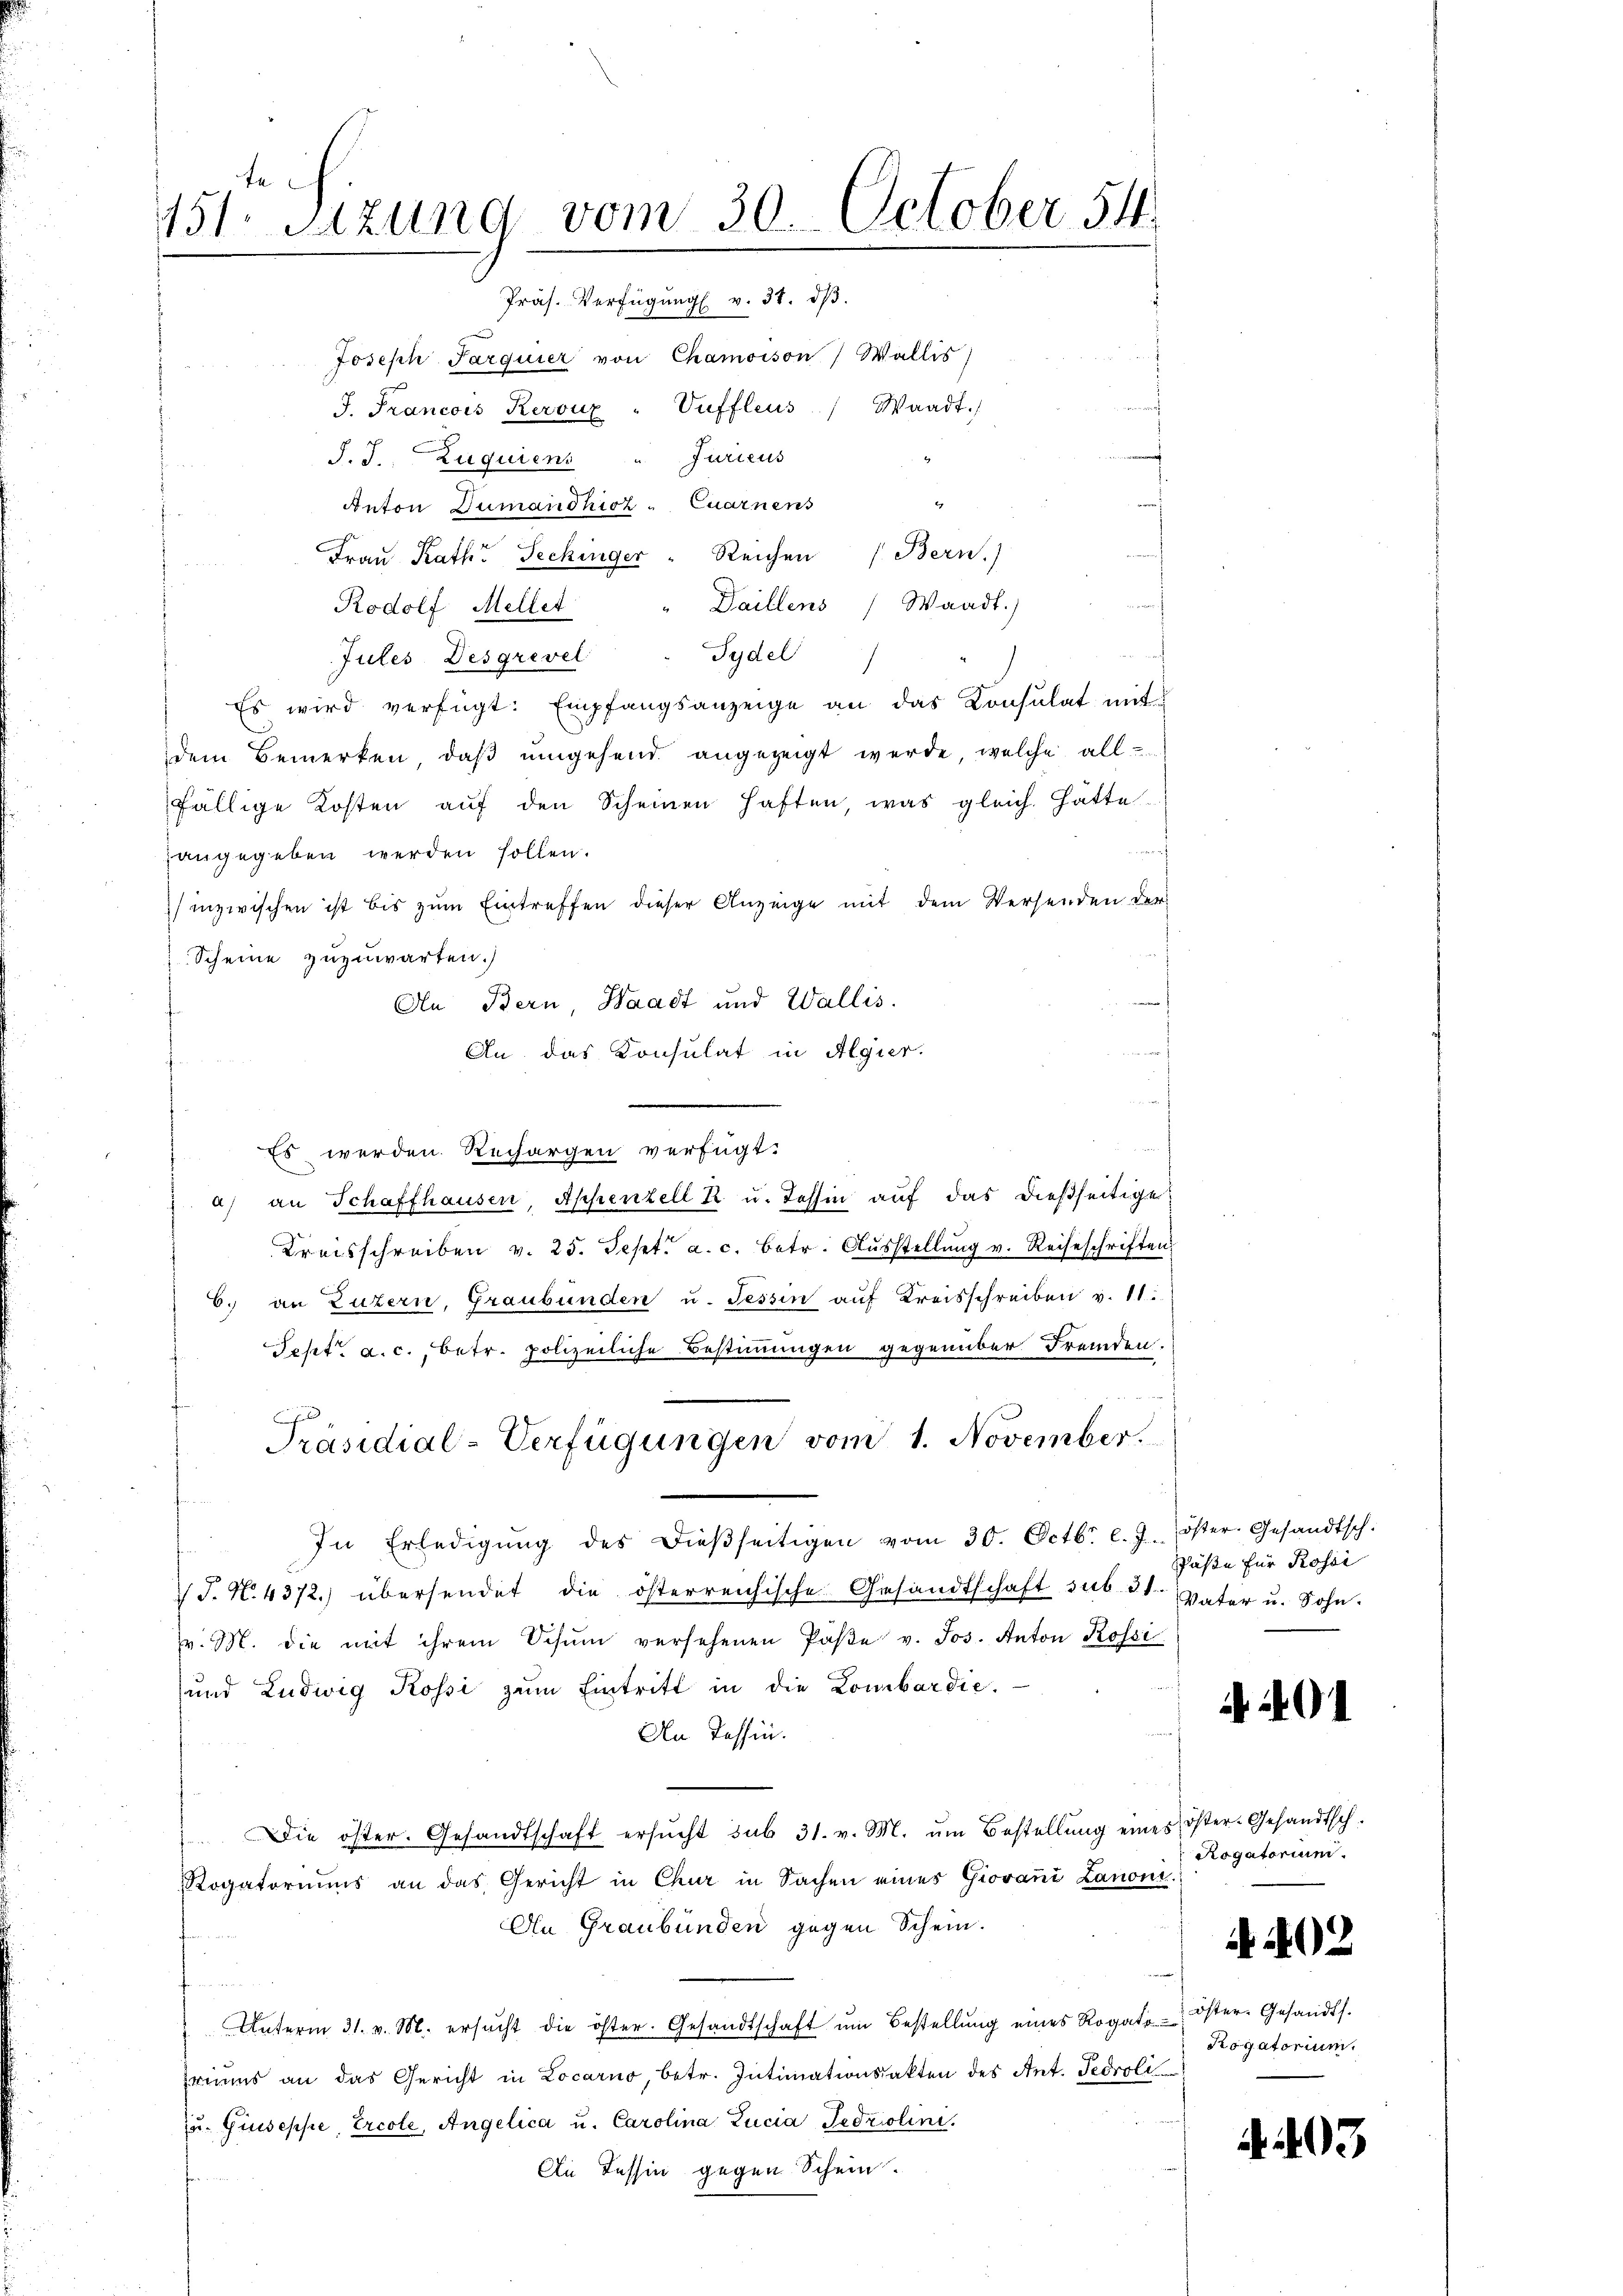
151. Sitzung vom 30. October 54.

Joseph Parquier von Chamoison) Wallis)
J. Francois Kerouz -Vuffleus Waadt.)
J. J. Zuquiens „ Jurieus
Anton Dumanshicz - Quarnens
Frau Rath Seckinger " Reichen (Bern.)
s
i
Rodolf Mellet. " Daillens Waadt.)
Jules Desgrevel " Tydel)
Es wird verfügt: Empfangsanzeige an das Konsulat mit
dem Bemerken, daß umgehend angezeigt werde, welche all
fällige Kosten auf den Scheinen haften, was gleich. Hätte
augegeben werden sollen.
 inzwischen ist bis zum Eintreffen dieser Anzeige mit dem Versenden der
Scheine zuzuwarten.)
An Bern, Waadt und Wallis.
An das Konsulat in Algier.
s
Es werden Rechargen verfügt:
a) an Schaffhausen, Appenzell R. u. Tessin auf das dießseitige
Kreisschreiben v. 25. Sept. a. c. betr. Ausstellung v. Reiseschriften.
6. an Luzern, Graubünden u. Tessin auf Kreisschreiben v. 11.
Sept. a. c., betr. polizeiliche Bestimmungen gegenüber Fremden.
Präsidial-Verfügungen vom 1. November.
In Erledigŭng des dieβseitigen vom 30. Octbr. l. J. Öster. Gesandtsch.
J. N. 4372) übersendet die österreichische Gesandtschaft sub 31. Vater u. Sohn.
v. M. die mit ihrem Schŭm versehenen Paβe v. Jos. Anton Rossi
und Ludwig Rossi zum Eintritt in die Lombardie¬
An Tessin.
Die öster. Gesandtschaft ersŭcht sub 31. v. M. ŭm Bestellŭng eines öster-Gesandtsch-
Rogatoriums an das Gericht in Chur in Sachen eines Giovani Lanoni.
An Graubünden gegen Schein.
u
Unterm 31. v. M. ersŭcht die öster. Gesandtschaft ŭm Bestellŭng eines Rogato Oster-Gesandts.
riums an das Gericht in Locarno, betr. Intimationsakten des Ant. Tedroli
zu. Giuseppe, Ercole, Angelica u. Carolina Lucia Fedriolini,
An Tessin gegen Schein.

späße für Rossi

Rogatorium.

202

Rogatorium.

A 403